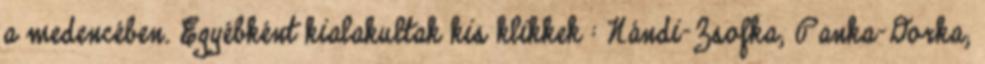
a medencében. Egyébként kialakultak kis klikkek : Nándi-Zsofka; Panka-Dorka;